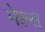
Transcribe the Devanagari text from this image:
मेल्स